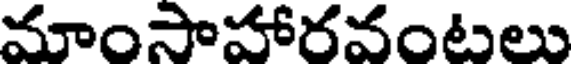
మాంసాహారవంటలు